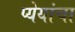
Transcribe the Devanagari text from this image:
प्येयांचा